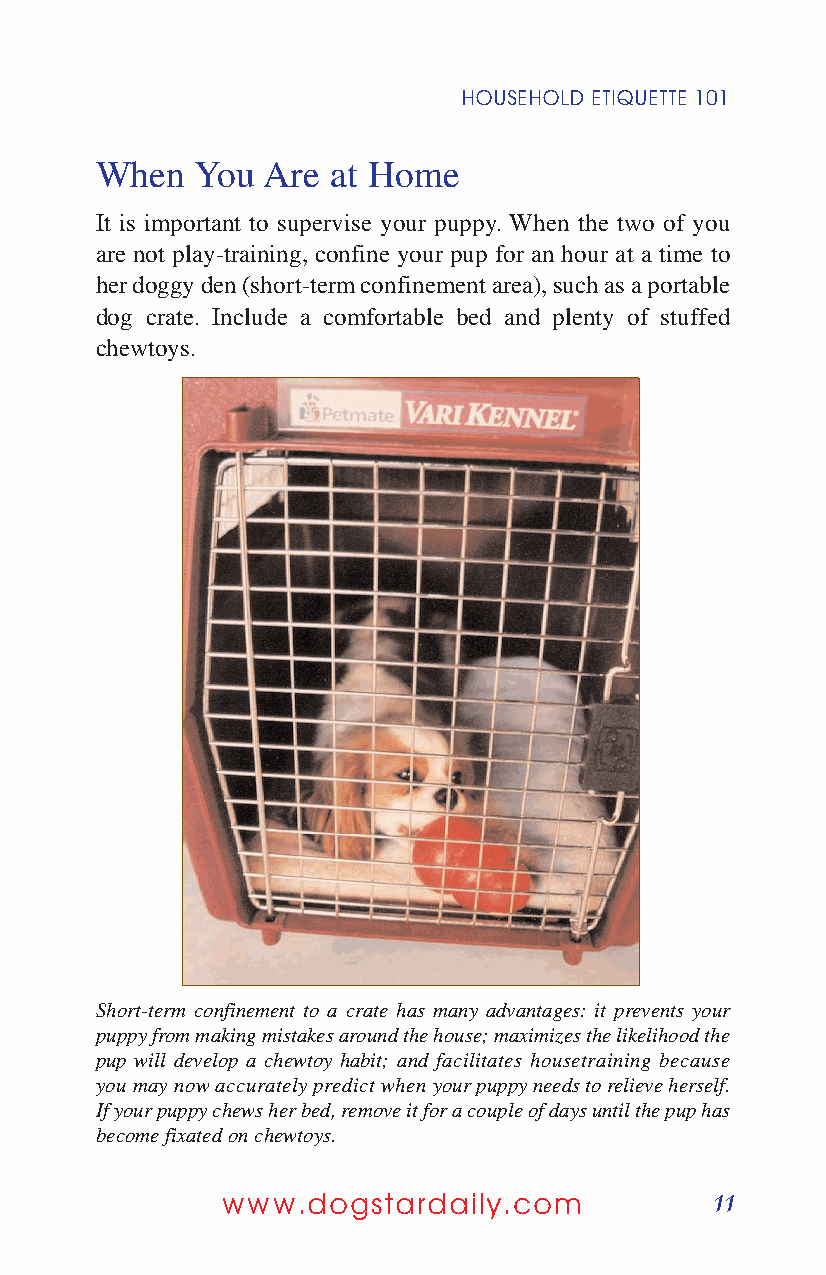
HOUSEHOLD ETIQUETTE 101
 When   You Are  at Home
 It is important to supervise your puppy. When the two of you
 are not play-training, confine your pup for an hour at a time to
 her doggy den (short-term confinement area), such as a portable
 dog crate. Include a comfortable bed and plenty of stuffed
 chewtoys.
 Short-term confinement to a crate has many advantages: it prevents your
 puppy from making mistakes around the house; maximizes the likelihood the
 pup will develop a chewtoy habit; and facilitates housetraining because
 you may now accurately predict when your puppy needs to relieve herself.
 If your puppy chews her bed, remove it for a couple of days until the pup has
 become fixated on chewtoys.
 11
 www.dogstardaily.com